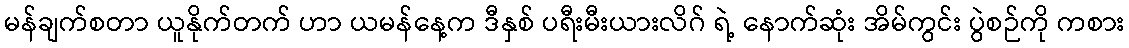
မန်ချက်စတာ ယူနိုက်တက် ဟာ ယမန်နေ့က ဒီနှစ် ပရီးမီးယားလိဂ် ရဲ့ နောက်ဆုံး အိမ်ကွင်း ပွဲစဉ်ကို ကစား